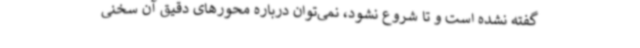
گفته نشده است و تا شروع نشود، نمی‌توان درباره محورهای دقیق آن سخنی